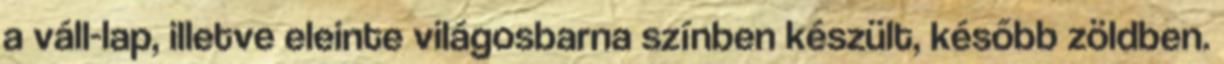
a váll-lap, illetve eleinte világosbarna színben készült, később zöldben.